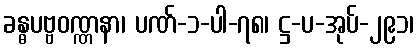
ခန္ဓပဗ္ဗဝဏ္ဏနာ၊ ပဏ်-၁-ပါ-၇၈၊ ဋ္ဌ-ပ-အုပ်-၂၉၁၊